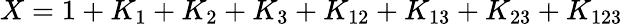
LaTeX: X=1+K_{1}+K_{2}+K_{3}+K_{12}+K_{13}+K_{23}+K_{123}